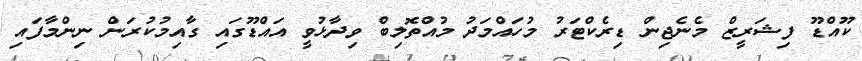
ކޫއްޑޫ ފިޝަރީޒް މެނެޖިން ޑިރެކްޓަރު މުހައްމަދު މުއްތޮލިބް ވިދާޅުވީ އައްޑޫގައި ގާއިމުކުރަން ނިންމާފައި